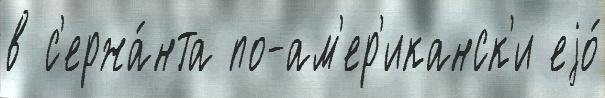
в с'ержа́нта по-ам'ер'иканск'и еjо́